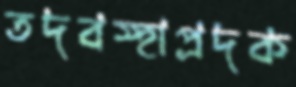
তদবস্হাপ্রদক